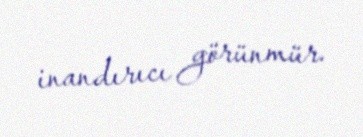
inandırıcı görünmür.